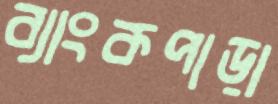
ব্যাংকপাড়া